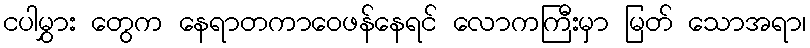
ငပါမွှား တွေက နေရာတကာဝေဖန်နေရင် လောကကြီးမှာ မြတ် သောအရာ၊